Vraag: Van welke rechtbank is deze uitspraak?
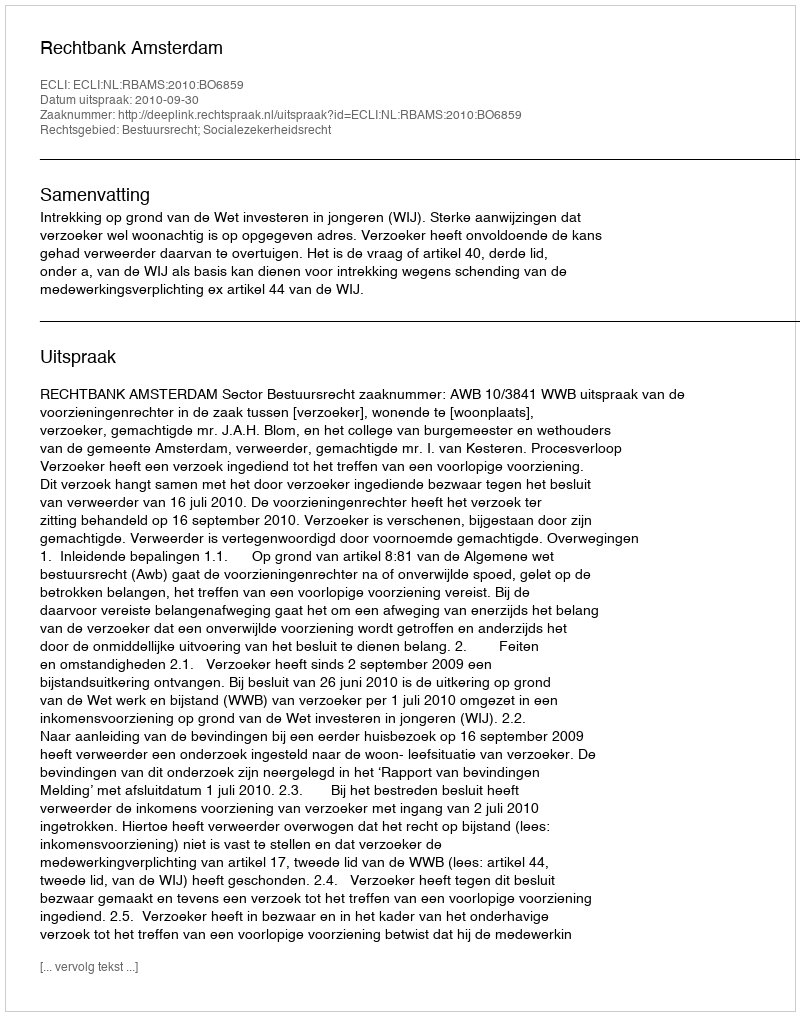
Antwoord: Rechtbank Amsterdam